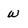
Character: w